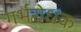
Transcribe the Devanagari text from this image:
गर्भरोधक